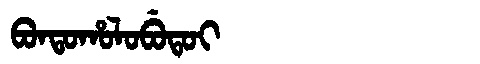
Manchu: ᠪᠣᠨᡨᠣᡥᠣᠯᠣᠪᡠᡨᠣᡳ
Romanization: BONTOHOLOBUTOI